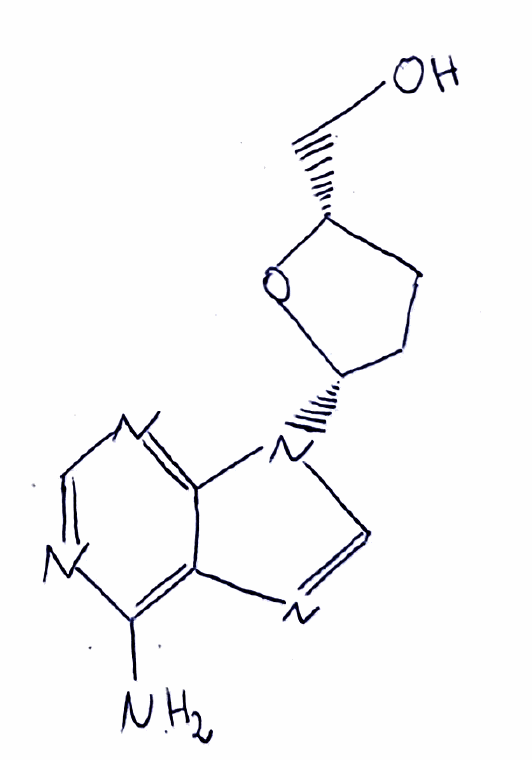
Simplified molecular-input line-entry system (SMILES) notation of the given molecule:
C1C[C@@H](O[C@@H]1CO)N2C=NC3=C(N=CN=C32)N